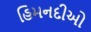
હિમનદીઓ